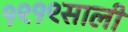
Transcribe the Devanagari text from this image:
१९१९साली